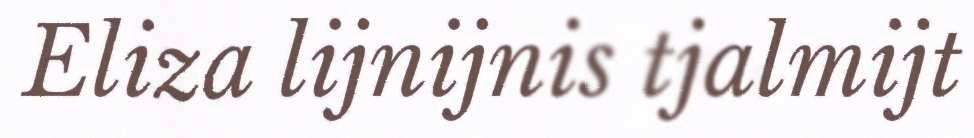
Eliza lijnijnis tjalmijt